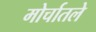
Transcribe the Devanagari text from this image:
मोर्चातले